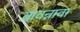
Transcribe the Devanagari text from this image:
बावन्नावा